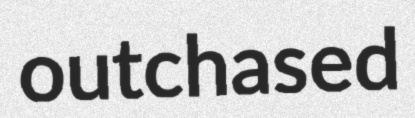
outchased